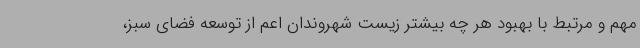
مهم و مرتبط با بهبود هر چه بیشتر زیست شهروندان اعم از توسعه فضای سبز،